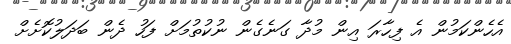
އެހެންކަމުން އެ ފިހާރަ އިން މުދާ ގަނެގެން ނުކުތުމަށް ފަހު ދެން ބަދަލުކޮށެށް